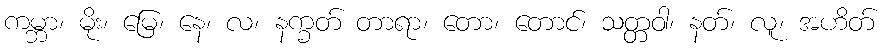
ကမ္ဘာ၊ မိုး၊ မြေ၊ နေ၊ လ၊ နက္ခတ် တာရာ၊ တော၊ တောင်၊ သတ္တဝါ၊ နတ်၊ လူ၊ အဟိတ်